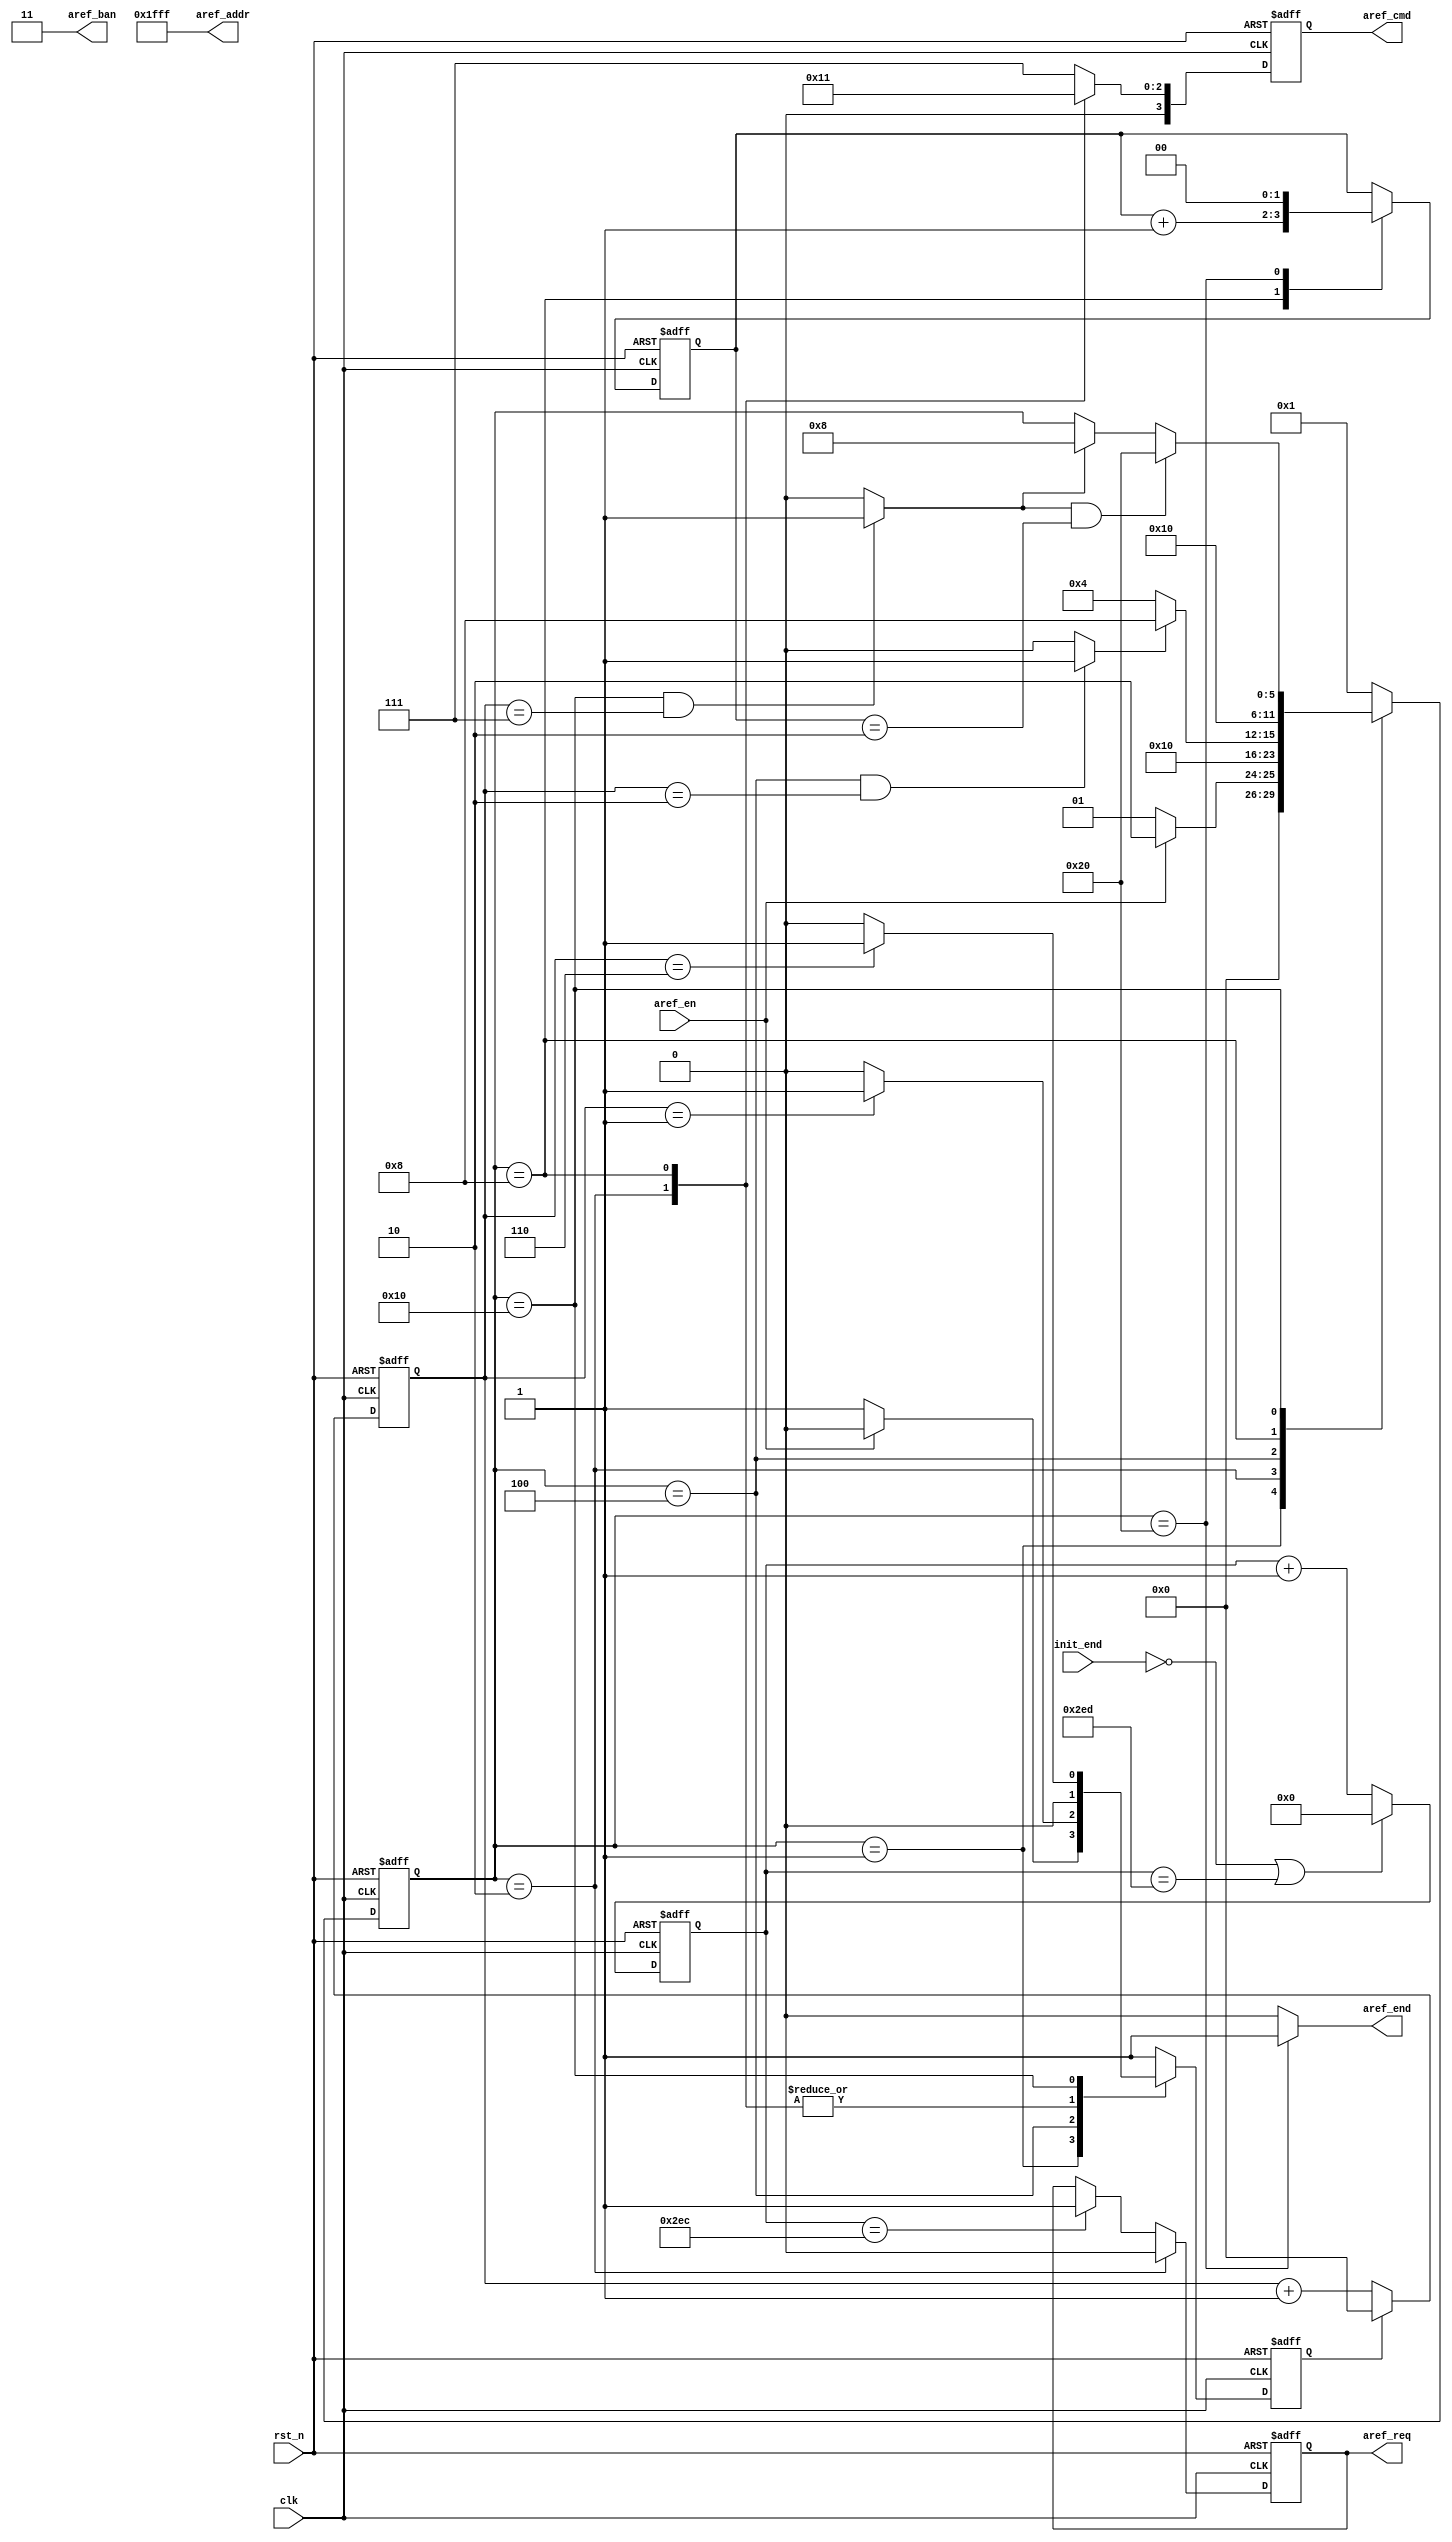
module SDRAM_ARef 
#(
	parameter cnt_aref_max = 16'd749,
	parameter cnt_aref_num_max = 2'd2,
	parameter trp_max = 4'd2,				//
	parameter trfc_max = 4'd7
)
(
	input clk,
	input rst_n,
	input init_end,
	input aref_en,
	output reg aref_req,
	output reg [3:0] aref_cmd,
	output [1:0] aref_ban,
	output [12:0] aref_addr,
	output aref_end
);

	//Auto Refresh
	parameter IDLE = 6'b000_001;
	parameter PRE = 6'b000_010;
	parameter TRP = 6'b000_100;
	parameter AR = 6'b001_000;
	parameter TRFC = 6'b010_000;
	parameter END = 6'b100_000;

	//Data
	parameter NOP_CMD = 4'b0111;
	parameter PRE_CMD =  4'b0010;
	parameter AR_CMD = 4'b0001;
	parameter LMR_CMD = 4'b0000;

	reg [15:0] cnt_aref;
	wire aref_flag;
	reg [5:0] aref_state;
	reg [3:0] cnt_clk;
	reg cnt_clk_rst;
	reg [1:0] cnt_aref_num;
	wire trp_flag;
	wire trfc_flag;

	/*Auto Refresh*/
	always @(posedge clk or negedge rst_n) begin
		if(~rst_n) begin
			cnt_aref <= 16'd0;
		end else if(!init_end || cnt_aref == cnt_aref_max) begin
			cnt_aref <= 16'd0;
		end else begin
			cnt_aref <= cnt_aref + 16'd1;
		end
	end

	/*temp aref_flag*/
	assign aref_flag = (aref_state == PRE) ? 1'd1 : 1'd0;

	/*aref_state transition logic*/
	always @(posedge clk or negedge rst_n) begin
		if(~rst_n) begin
			aref_state <= IDLE;
		end else begin
			case(aref_state)
				IDLE : aref_state <= (aref_en) ? PRE : IDLE;
				PRE : aref_state <= TRP;
				TRP : aref_state <= (trp_flag) ? AR : TRP;
				AR : aref_state <= TRFC;
				
				TRFC : begin
					if(trfc_flag && cnt_aref_num == cnt_aref_num_max) begin
						aref_state <= END;
					end else if(trfc_flag) begin
						aref_state <= AR;
					end else begin
						aref_state <= aref_state;
					end
				end 

				END : aref_state <= IDLE;
				default : aref_state <= IDLE;
			endcase
		end
	end

	/*temp cnt_clk*/
	always @(posedge clk or negedge rst_n) begin
		if(~rst_n) begin
			cnt_clk <= 4'd0;
		end else if(cnt_clk_rst) begin
			cnt_clk <= 4'd0;
		end else begin
			cnt_clk <= cnt_clk + 4'd1;
		end
	end

	/*cnt_clk*/
	always @(posedge clk or negedge rst_n) begin
		if(~rst_n) begin
			cnt_clk_rst <= 1'd1;
		end else begin
			case(aref_state)
				IDLE : cnt_clk_rst <= (aref_en) ? 1'd0 : 1'd1;
				PRE : cnt_clk_rst <= 1'd0;
				TRP : cnt_clk_rst <= (cnt_clk == trp_max - 4'd1) ? 1'd1 : 1'd0;
				AR : cnt_clk_rst <= 1'd0;
				TRFC : cnt_clk_rst <= (cnt_clk == trfc_max - 4'd1) ? 1'd1 : 1'd0;
				default : cnt_clk_rst <= 1'd1;
			endcase
		end
	end

	/*commandAuto Refresh*/
	always @(posedge clk or negedge rst_n) begin
		if(~rst_n) begin
			cnt_aref_num <= 2'd0;
		end else begin
			case(aref_state)
				AR : cnt_aref_num <= cnt_aref_num + 2'd1;
				END : cnt_aref_num <= 2'd0;
				default : cnt_aref_num <= cnt_aref_num;
			endcase
		end
	end

	/*temp trp_flag*/
	assign trp_flag = (aref_state == TRP && cnt_clk == trp_max) ? 1'd1 : 1'd0;

	/*temp trfc_flag*/
	assign trfc_flag = (aref_state == TRFC && cnt_clk == trfc_max) ? 1'd1 : 1'd0;

	/*output aref_req*/
	always @(posedge clk or negedge rst_n) begin
		if(~rst_n) begin
			aref_req <= 1'd0;
		end else if(aref_state == PRE) begin
			aref_req <= 1'd0;
		end else if(cnt_aref == cnt_aref_max - 16'd1) begin
			aref_req <= 1'd1;
		end else begin
			aref_req <= aref_req;
		end
	end

	/*output aref_cmd*/
	always @(posedge clk or negedge rst_n) begin
		if(~rst_n) begin
			aref_cmd <= NOP_CMD;
		end else begin
			case(aref_state)
				IDLE : aref_cmd <= NOP_CMD;
				PRE : aref_cmd <= PRE_CMD;
				TRP : aref_cmd <= NOP_CMD;
				AR : aref_cmd <= AR_CMD;
				TRFC : aref_cmd <= NOP_CMD;
				default : aref_cmd <= NOP_CMD;
			endcase
		end
	end

	/*output aref_ban*/	
	assign aref_ban = 2'b11;

	/*output aref_addr*/
	assign aref_addr = 13'h1FFF;

	/*output aref_end*/
	assign aref_end = (aref_state == END) ? 1'd1 : 1'd0;

endmodule